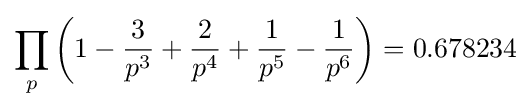
\prod _{p}\left(1-{\frac {3}{p^{3}}}+{\frac {2}{p^{4}}}+{\frac {1}{p^{5}}}-{\frac {1}{p^{6}}}\right)=0.678234